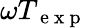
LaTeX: \omega T_{\mathrm{~e~x~p~}}